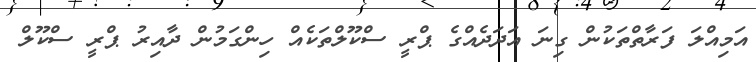
އަމިއްލަ ފަރާތްތަކުން ގިނަ އަދަދެއްގެ ޕްރީ ސްކޫލްތަކެއް ހިންގަމުން ދާއިރު ޕްރީ ސްކޫލް